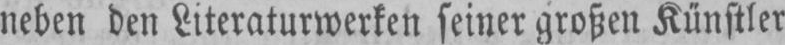
neben den Literaturwerken seiner großen Künstler